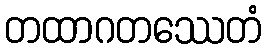
တထာဂတဿေတံ